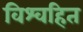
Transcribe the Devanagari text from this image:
विश्वहित